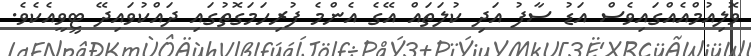
ވޮލިއުމްއެއްގައިވެސް އަޑު ސާފު އަދި ކުލަތައް އޭގެ އެންމެ ފުރިހަމަގޮތުގައި ދައްކުވައިދޭ ޓީވީއެކެވެ.